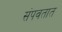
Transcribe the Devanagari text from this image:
संपवतात